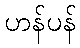
ဟန်ပန်